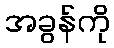
အခွန်ကို